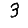
Digit: 3